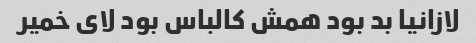
لازانیا بد بود همش کالباس بود لای خمیر